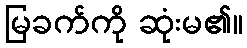
မြခက်ကို ဆုံးမ၏။